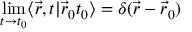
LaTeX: \operatorname * { l i m } _ { t \rightarrow t _ { 0 } } \langle \vec { r } , t \vert \vec { r } _ { 0 } t _ { 0 } \rangle = \delta ( \vec { r } - \vec { r } _ { 0 } )